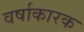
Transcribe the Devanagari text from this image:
वर्षाकारक